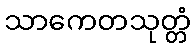
သာကေတသုတ္တံ